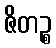
ဇိတဉ္စ